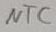
Text: NTC